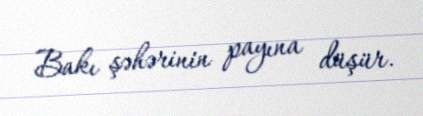
Bakı şəhərinin payına düşür.